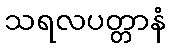
သရလပတ္တာနံ